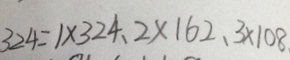
3 2 4 = 1 \times 3 2 4 . 2 \times 1 6 2 . 3 \times 1 0 8 .